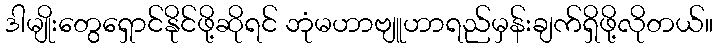
ဒါမျိုးတွေရှောင်နိုင်ဖို့ဆိုရင် ဘုံမဟာဗျူဟာရည်မှန်းချက်ရှိဖို့လိုတယ်။